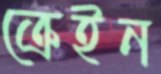
ক্রেইন